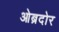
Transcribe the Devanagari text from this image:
ओब्रदोर